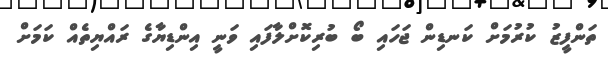
ތަންފީޒު ކުރުމަށް ކަނޑިން ޖަހައި ބޯ ބުރިކޮށްލާފައި ވަނީ އިންޑިޔާގެ ރައްޔިތެއް ކަމަށް